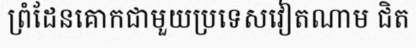
ព្រំដែនគោកជាមួយប្រទេសវៀតណាម ជិត